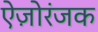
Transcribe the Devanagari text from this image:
ऐज़ोरंजक